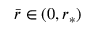
\bar { r } \in ( 0 , r _ { * } )